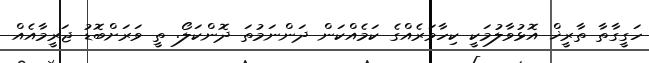
ހަގީގާތާ ތާރީޚް އޮޅުވާލުމަކީ ކިހާވަރެއްގެ ކަމެއްކަން ދަންނަމުތަ ދޮންކަލޯ. ތީ ވަރަށްބޮޑު ޖަރީމާއެއް